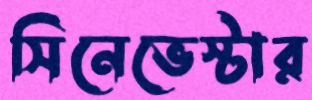
সিনেভেস্টার